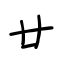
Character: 廿